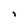
Character: i